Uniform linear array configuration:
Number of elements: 16
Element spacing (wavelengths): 1
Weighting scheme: hann
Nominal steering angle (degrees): -45
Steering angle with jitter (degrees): -45.514
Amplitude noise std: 0.05
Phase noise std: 0.05

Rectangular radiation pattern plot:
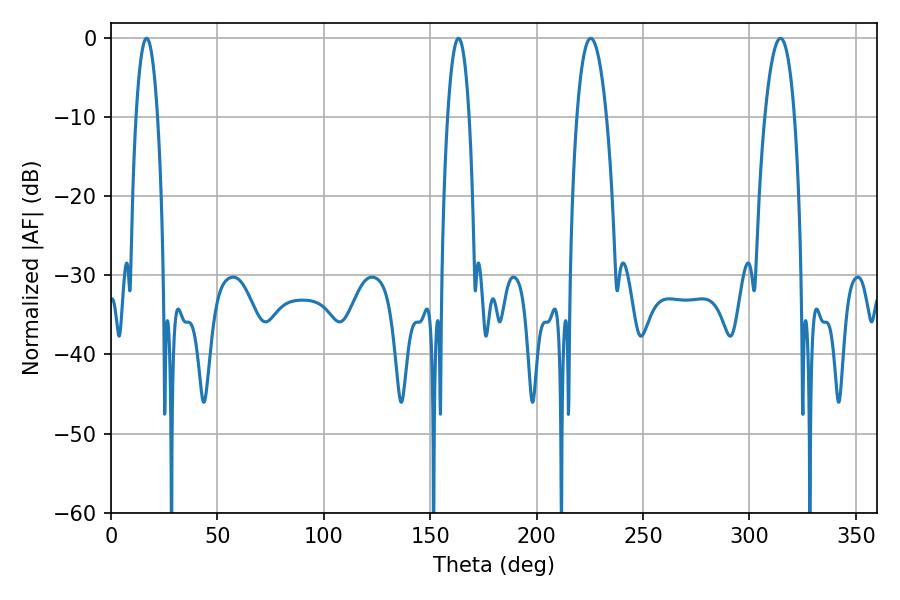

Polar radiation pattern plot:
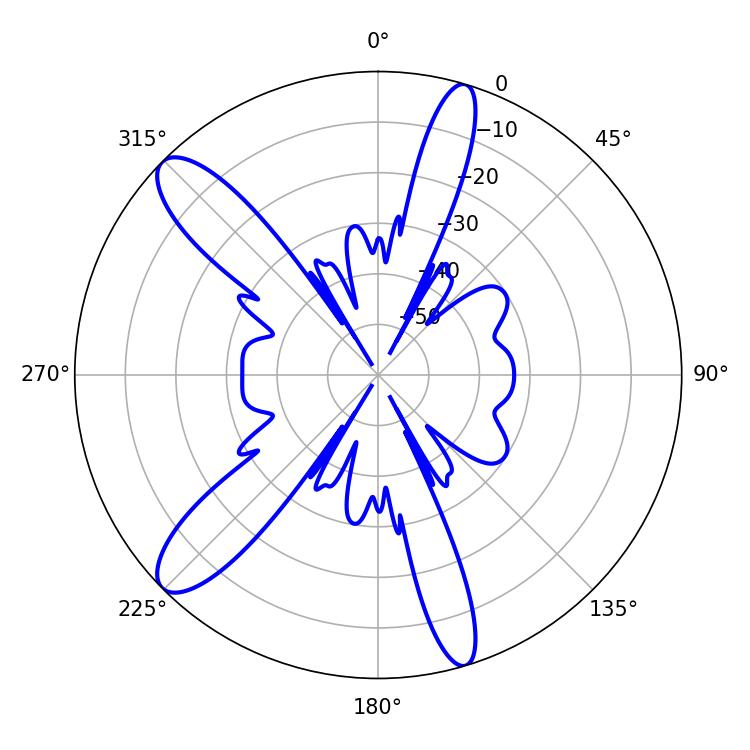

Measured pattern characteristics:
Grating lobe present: TRUE
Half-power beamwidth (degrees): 5.76
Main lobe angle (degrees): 16.74